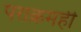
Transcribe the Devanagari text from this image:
पराक्रमही